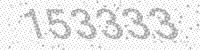
Solution: 153333